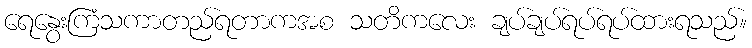
ရေနွေးကြံသကာတည်ရတာကအစ သတိကလေး ချပ်ချပ်ရပ်ရပ်ထားရသည်။